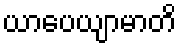
ယာပေယျာမာတိ